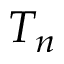
T _ { n }